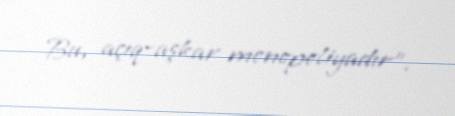
Bu, açıq-aşkar monopoliyadır”.